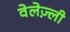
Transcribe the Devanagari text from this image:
वेलेज़्ली